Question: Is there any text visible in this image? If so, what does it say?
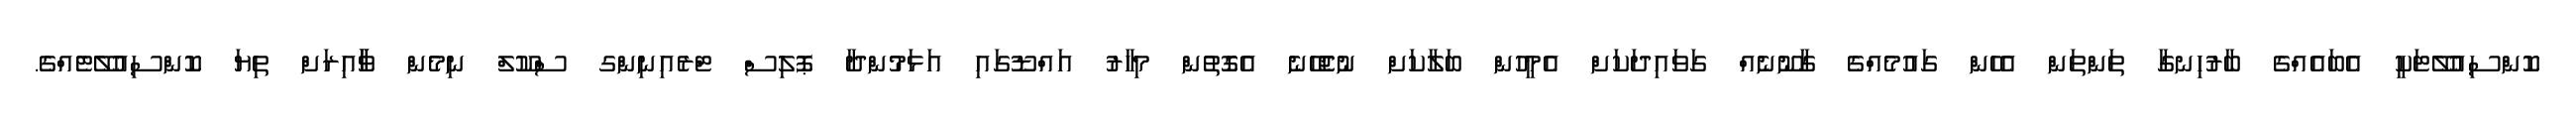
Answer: ކޮންސިއުލޭޓަކީ އެބައެއްގެ ބާރުހިނގާ ތަންތަން އެހެން ގައުމެއްގެ ގާނޫނެއް ގަވައިދަކަށް އެމީހުން ބަލާކަށް ނުޖެހޭނެ އެގޮތުން މިހާރު އައްޑޫގައި އަޅަމުންދާ ޕޮލިސް ޓްރެއިނިންގ ސްކޫލް ނިމެން ވާާއިރަށް ތިޔަ ކޮންސިއުލޭޓެއްގެ.